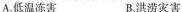
A.低温冻害 B.洪涝灾害